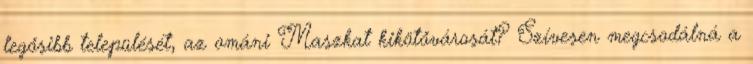
legősibb települését, az ománi Maszkat kikötővárosát? Szívesen megcsodálná a